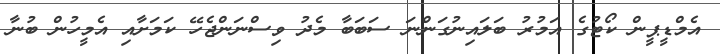
އެމްޑީޕީން ކޯޓުގެ އަމުރު ބަލައިނުގަންނަ ސަބަބާ މެދު ވިސްނަންޖެހޭ ކަމަށާއި އެމީހުން ބުނާ